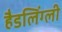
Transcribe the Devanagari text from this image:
हैडलिंग्ली